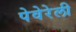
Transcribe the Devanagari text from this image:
पेवेरेली